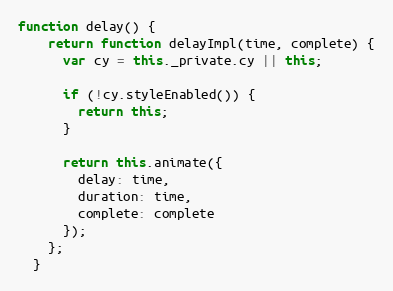
Language: JavaScript
function delay() {
    return function delayImpl(time, complete) {
      var cy = this._private.cy || this;

      if (!cy.styleEnabled()) {
        return this;
      }

      return this.animate({
        delay: time,
        duration: time,
        complete: complete
      });
    };
  }